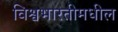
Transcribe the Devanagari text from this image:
विश्वभारतीमधील